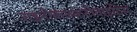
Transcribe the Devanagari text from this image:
राइनोकंजकटीवाइटिस